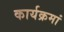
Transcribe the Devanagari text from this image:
कार्यक्रमां